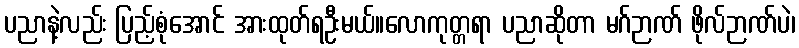
ပညာနဲ့လည်း ပြည့်စုံအောင် အားထုတ်ရဦးမယ်။လောကုတ္တရာ ပညာဆိုတာ မဂ်ဉာဏ် ဖိုလ်ဉာဏ်ပဲ၊